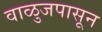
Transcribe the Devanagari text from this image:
वाळुजपासून